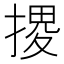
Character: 𢱩